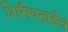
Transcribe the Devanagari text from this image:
शिरीषताईंचे